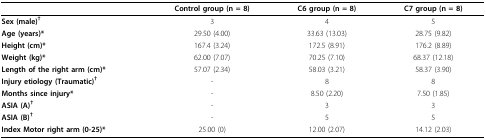
<table><thead><tr><td></td><td><b>Control group (n = 8)</b></td><td><b>C6 group (n = 8)</b></td><td><b>C7 group (n = 8)</b></td></tr></thead><tbody><tr><td><b>Sex (male)<sup>†</sup></b></td><td>3</td><td>4</td><td>5</td></tr><tr><td><b>Age (years)*</b></td><td>29.50 (4.00)</td><td>33.63 (13.03)</td><td>28.75 (9.82)</td></tr><tr><td><b>Height (cm)*</b></td><td>167.4 (3.24)</td><td>172.5 (8.91)</td><td>176.2 (8.89)</td></tr><tr><td><b>Weight (kg)*</b></td><td>62.00 (7.07)</td><td>70.25 (7.10)</td><td>68.37 (12.18)</td></tr><tr><td><b>Length of the right arm (cm)*</b></td><td>57.07 (2.34)</td><td>58.03 (3.21)</td><td>58.37 (3.90)</td></tr><tr><td><b>Injury etiology (Traumatic)<sup>†</sup></b></td><td>-</td><td>8</td><td>8</td></tr><tr><td><b>Months since injury*</b></td><td>-</td><td>8.50 (2.20)</td><td>7.50 (1.85)</td></tr><tr><td><b>ASIA (A)<sup>†</sup></b></td><td>-</td><td>3</td><td>3</td></tr><tr><td><b>ASIA (B)<sup>†</sup></b></td><td>-</td><td>5</td><td>5</td></tr><tr><td><b>Index Motor right arm (0-25)*</b></td><td>25.00 (0)</td><td>12.00 (2.07)</td><td>14.12 (2.03)</td></tr></tbody></table>